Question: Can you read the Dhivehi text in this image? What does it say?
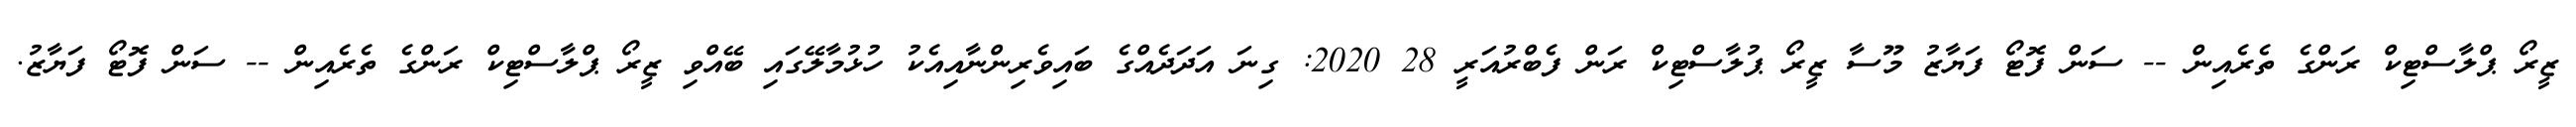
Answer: ޒީރޯ ޕްލާސްޓިކް ރަންގެ ތެރެއިން -- ސަން ފޮޓޯ ފަޔާޒު މޫސާ ޒީރޯ ޕުލާސްޓިކް ރަން ފެބްރުއަރީ 28 2020: ގިނަ އަދަދެއްގެ ބައިވެރިންނާއިއެކު ހުޅުމާލޭގައި ބޭއްވި ޒީރޯ ޕްލާސްޓިކް ރަންގެ ތެރެއިން -- ސަން ފޮޓޯ ފަޔާޒު.